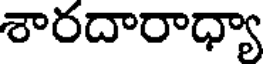
శారదారాధ్యా